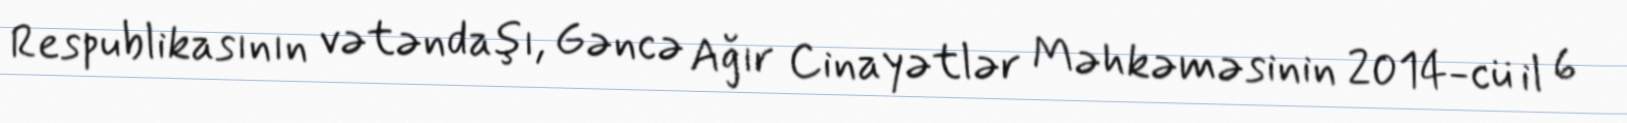
Respublikasının vətəndaşı, Gəncə Ağır Cinayətlər Məhkəməsinin 2014-cü il 6